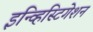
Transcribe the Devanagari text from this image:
इन्व्हिस्टिगेशन